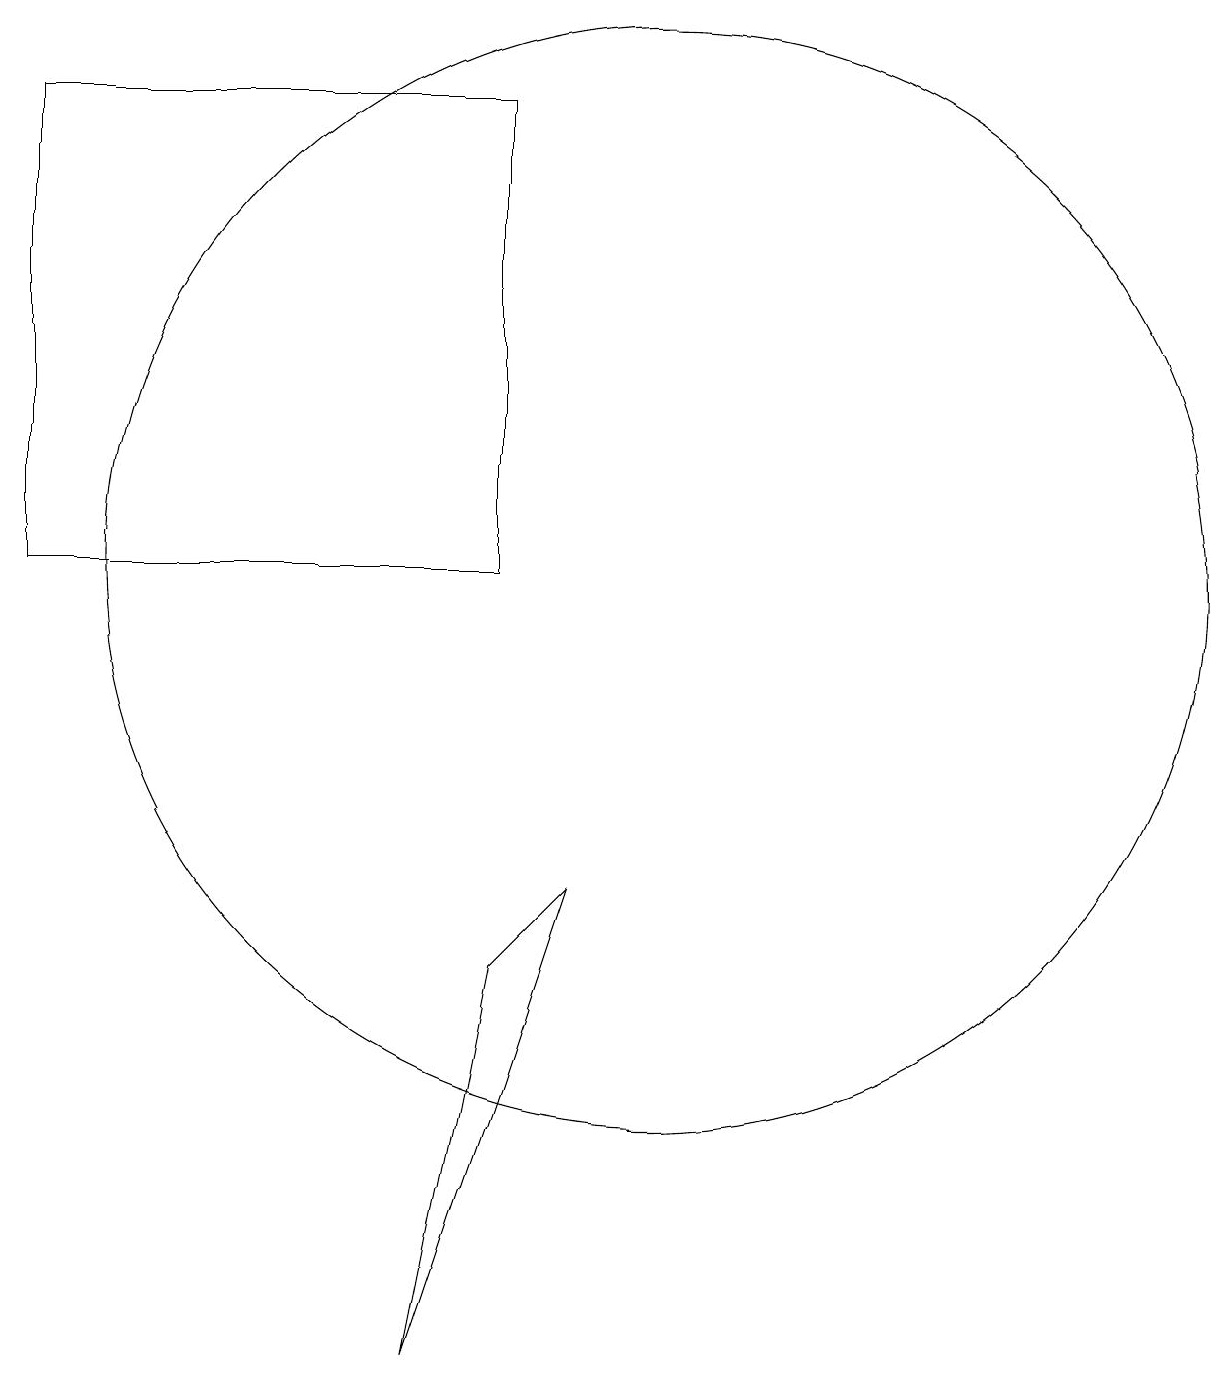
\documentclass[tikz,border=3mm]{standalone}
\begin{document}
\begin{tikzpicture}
\draw (7,2) -- (9,8) -- (8,7) -- cycle;
\draw (10,12) circle (7);
\draw (2,18) rectangle (8,12);
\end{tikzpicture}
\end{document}